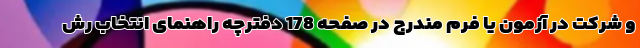
و شرکت در آزمون یا فرم مندرج در صفحه 178 دفترچه راهنمای انتخاب رش